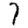
Digit: 7